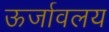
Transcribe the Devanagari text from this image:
ऊर्जावलय